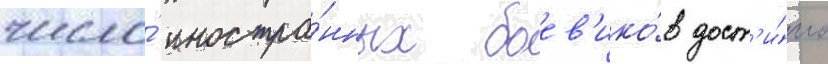
число́ иностра́нных боев'ико́в дост'и́гло